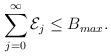
LaTeX: \begin{align*}\sum\limits_{j = 0}^{\infty} \mathcal{E}_j \le B_{max}. \end{align*}